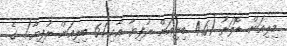
މިލިއަން ޑޮލަރު (4